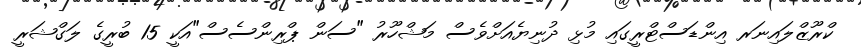
ކްރޫޒްލައިނަރ އިންޑަސްޓްރީގައި މުޅި ދުނިޔެއަށްވެސް މަޝްހޫރު "ސަން ޕްރިންސެސް"އަކީ 15 ބުރީގެ ލަގްޝަރީ